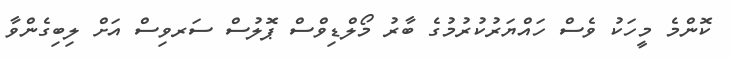
ކޮންމެ މީހަކު ވެސް ހައްޔަރުކުރުމުގެ ބާރު މޯލްޑިވްސް ޕޮލުސް ސަރވިސް އަށް ލިބިގެންވާ